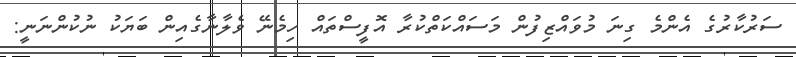
ސަރުކާރުގެ އެންމެ ގިނަ މުވައްޒިފުން މަސައްކަތްކުރާ އޮފީސްތައް ހިމެނޭ ވެލާނާގެއިން ބަޔަކު ނުކުންނަނީ: